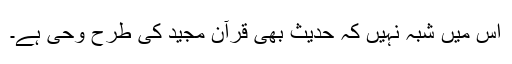
اس میں شبہ نہیں کہ حدیث بھی قرآن مجید کی طرح وحی ہے۔